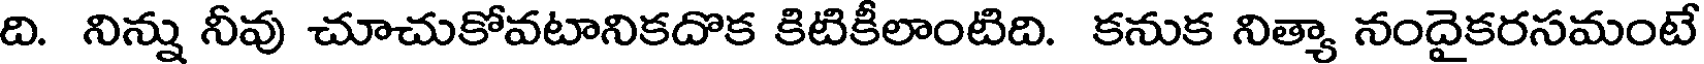
ది. నిన్ను నీవు చూచుకోవటానికదొక కిటికీలాంటిది. కనుక నిత్యా నందైకరసమంటే